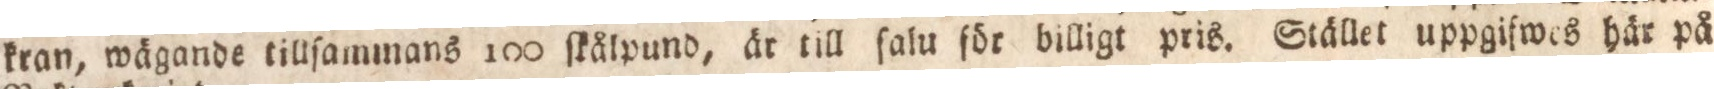
kran, wägande tillſammans 100 ſkålpund, är till ſalu för billigt pris. Stället uppgifwes här på